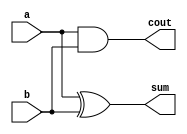
///////////////////////////////////////////
/// Design  : Half Adder
/// College	: Anna University, MIT campus
///////////////////////////////////////////

module Halfadder(a,b,sum,cout);
input a,b;
output sum,cout;
xor x1(sum,a,b);
and a1(cout,a,b);
endmodule